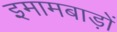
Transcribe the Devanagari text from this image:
इमामबाड़ों